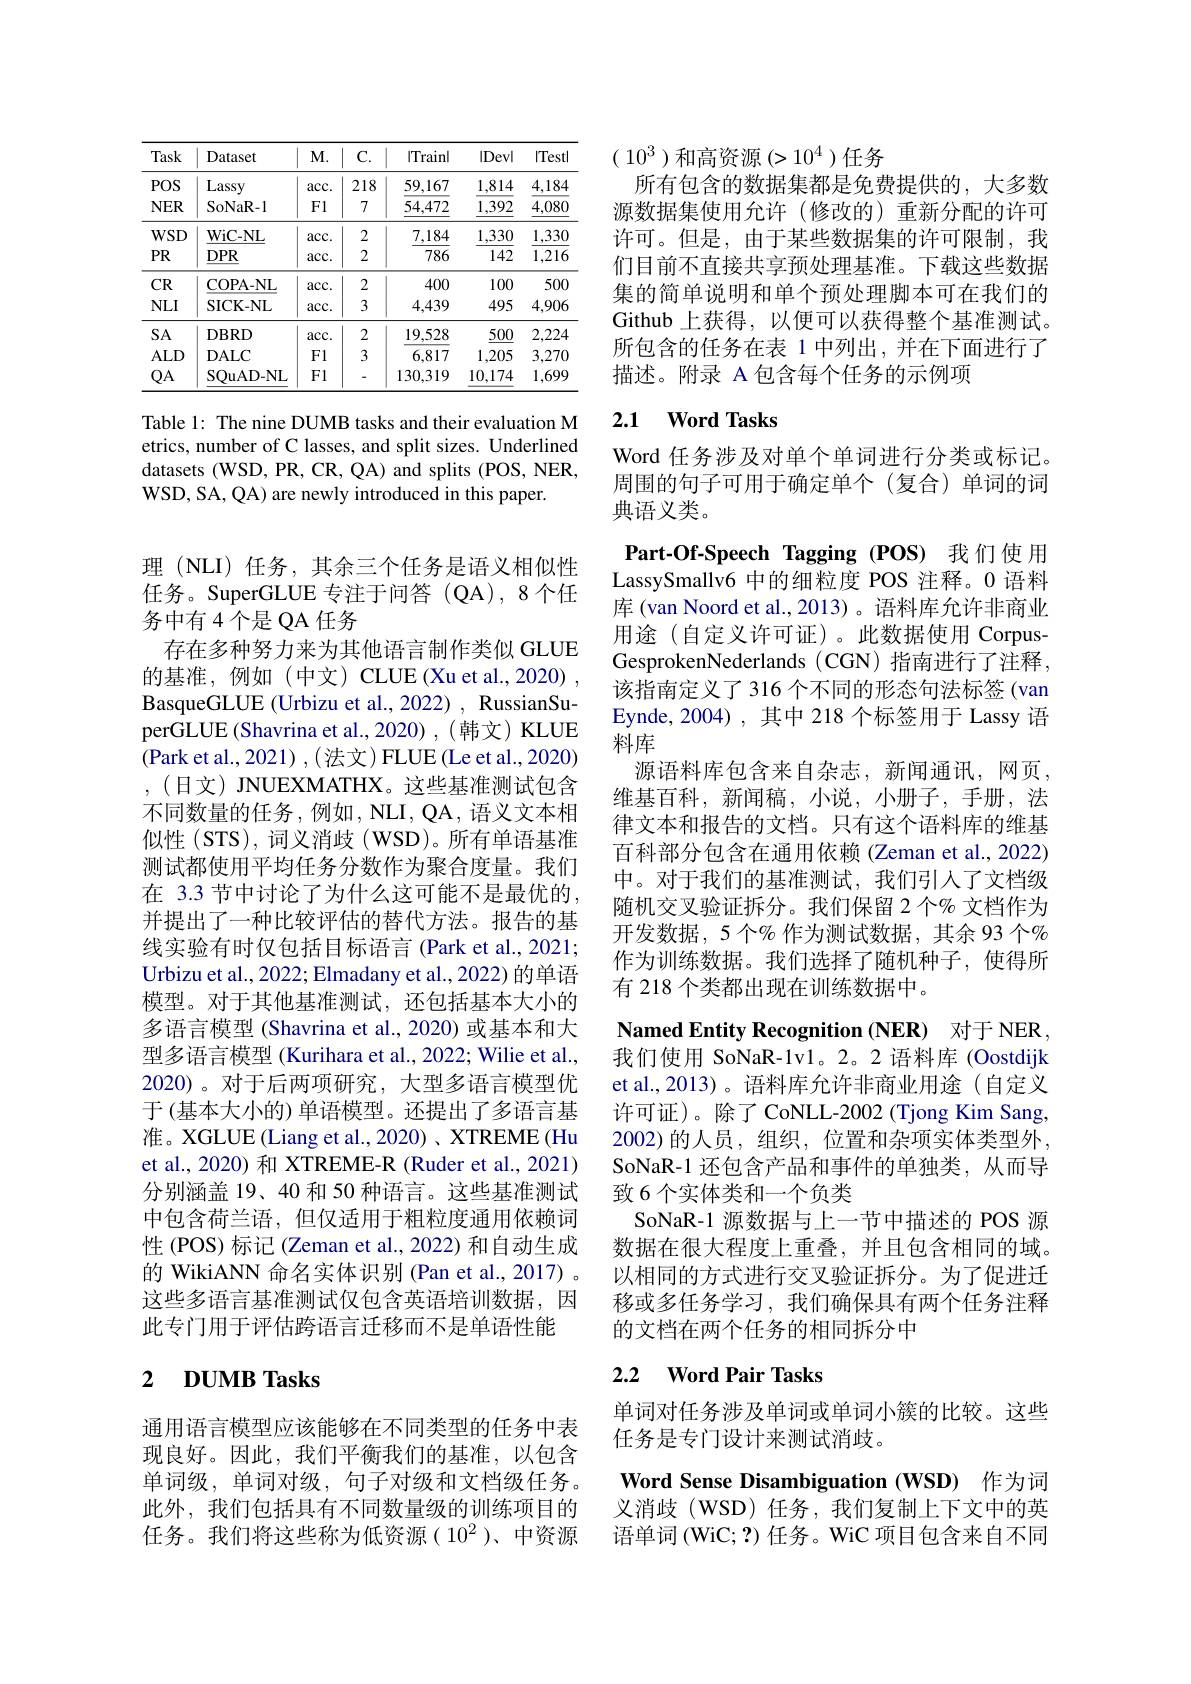
<table>
	<tbody>
		<tr>
			<th>Task</th>
			<th>Dataset</th>
			<th>$M.$</th>
			<th>C. </th>
			<th>|Trainl</th>
			<th>|Devl</th>
			<th>|Test</th>
		</tr>
		<tr>
			<td>$POS$</td>
			<td>Lassy</td>
			<td>$acc.$</td>
			<td>218</td>
			<td>59,167</td>
			<td>1,814</td>
			<td>4,184</td>
		</tr>
		<tr>
			<td>$NER$</td>
			<td>SoNaR- 1</td>
			<td>F1</td>
			<td>7</td>
			<td>54,472</td>
			<td>1,392</td>
			<td>$\underline{4,080}$</td>
		</tr>
		<tr>
			<td>$WSD$</td>
			<td>WiC- NL</td>
			<td>$acc.$</td>
			<td>2</td>
			<td>7,184</td>
			<td>1,330</td>
			<td>1,330</td>
		</tr>
		<tr>
			<td>$PR$</td>
			<td>$\underline{DPR}$</td>
			<td>$acc.$</td>
			<td>2</td>
			<td>786</td>
			<td>142</td>
			<td>1,216</td>
		</tr>
		<tr>
			<td>$CR$</td>
			<td>COPA- NL</td>
			<td>$acc.$</td>
			<td>2</td>
			<td>400</td>
			<td>100</td>
			<td>500</td>
		</tr>
		<tr>
			<td>$NLI$</td>
			<td>SICK- NL</td>
			<td>$acc.$</td>
			<td>3</td>
			<td>4,439</td>
			<td>495</td>
			<td>4,906</td>
		</tr>
		<tr>
			<td>$SA$</td>
			<td>$DBRD$</td>
			<td>$acc.$</td>
			<td>2</td>
			<td>19,528</td>
			<td>$\underline{500}$</td>
			<td>2,224</td>
		</tr>
		<tr>
			<td>$ALD$</td>
			<td>$\mathbf{D}$ALC</td>
			<td>F1</td>
			<td>3</td>
			<td>6,817</td>
			<td>1,205</td>
			<td>3,270</td>
		</tr>
		<tr>
			<td>$QA$</td>
			<td>SQuAD- NL</td>
			<td>F1</td>
			<td>-</td>
			<td>130,319</td>
			<td>10,174</td>
			<td>1,699</td>
		</tr>
	</tbody>
</table>

Table 1: The nine DUMB tasks and their evaluation M etrics, number of C lasses, and split sizes. Underlined datasets (WSD, PR, CR, QA) and splits (POS, NER, WSD, SA, QA) are newly introduced in this paper.

理 (NLI) 任务，其余三个任务是语义相似性任务。SuperGLUE专注于问答(QA),8个任务中有 4 个是 QA 任务
存在多种努力来为其他语言制作类似 GLUE 的基准，例如(中文)CLUE(Xuet al.,2020) , BasqueGLUE (Urbizu et al., 2022) , RussianSuperGLUE (Shavrina et al.,2020) ,( 韩文) KLUE (Park et al., 2021),(法文) FLUE(Le et al., 2020) ,(日文) JNUEXMATHX。这些基准测试包含不同数量的任务，例如，NLI, QA, 语义文本相似性 (STS), 词义消歧 (WSD)。所有单语基准测试都使用平均任务分数作为聚合度量。我们在 3.3 节中讨论了为什么这可能不是最优的， 并提出了一种比较评估的替代方法。报告的基线实验有时仅包括目标语言 (Park et al., 2021; Urbizu et al. , 2022; Elmadany et al. , 2022) 的单语模型。对于其他基准测试，还包括基本大小的多语言模型 (Shavrina et al.,2020) 或基本和大型多语言模型 (Kurihara et al., 2022; Wilie et al., 2020)。对于后两项研究，大型多语言模型优于 (基本大小的) 单语模型。还提出了多语言基准。XGLUE (Liang et al.,2020) , XTREME (Hu et al., 2020) 和 XTREME-R (Ruder et al., 2021) 分别涵盖 19、40 和 50 种语言。这些基准测试中包含荷兰语，但仅适用于粗粒度通用依赖词性 (POS) 标记 (Zeman et al.,2022) 和自动生成的 WikiANN 命名实体识别 (Pan et al., 2017) 。这些多语言基准测试仅包含英语培训数据，因此专门用于评估跨语言迁移而不是单语性能

# 2 $\textbf{DUMB Tasks}$

通用语言模型应该能够在不同类型的任务中表现良好。因此，我们平衡我们的基准，以包含单词级，单词对级，句子对级和文档级任务。此外，我们包括具有不同数量级的训练项目的$任务。我们将这些称为低资源(10^2)、中资源$

$(\begin{array}{c}10^3\end{array})$和高资源$(>10^4$)任务

所有包含的数据集都是免费提供的，大多数源数据集使用允许(修改的)重新分配的许可许可。但是，由于某些数据集的许可限制，我们目前不直接共享预处理基准。下载这些数据集的简单说明和单个预处理脚本可在我们的Github 上获得，以便可以获得整个基准测试。所包含的任务在表 1 中列出 ,并在下面进行了描述。附录 A 包含每个任务的示例项

## 2.1 $\textbf{Word Tasks}$

Word 任务涉及对单个单词进行分类或标记。周围的句子可用于确定单个(复合)单词的词典语义类。

Part-Of-Speech Tagging (POS) 我们使用LassySmallv6 中的细粒度 POS 注释。0 语料库 (van Noord et al.,2013)。语料库允许非商业用途(自定义许可证)。此数据使用 CorpusGesprokenNederlands (CGN) 指南进行了注释， 该指南定义了 316 个不同的形态句法标签 (van Eynde,2004),其中 218 个标签用于 Lassy 语料库
源语料库包含来自杂志，新闻通讯，网页， 维基百科，新闻稿，小说，小册子，手册，法律文本和报告的文档。只有这个语料库的维基百科部分包含在通用依赖(Zeman et al., 2022) 中。对于我们的基准测试，我们引人了文档级随机交叉验证拆分。我们保留 2 个% 文档作为开发数据，5个%作为测试数据，其余 93 个% 作为训练数据。我们选择了随机种子，使得所有 218 个类都出现在训练数据中。
Named Entity Recognition (NER) 对于 NER 我们使用 SoNaR-1v1。2。2 语料库 (Oostdijk et al.,2013)。语料库允许非商业用途(自定义许可证)。除了 CoNLL-2002 (Tjong Kim Sang, 2002)的人员，组织，位置和杂项实体类型外SoNaR-1 还包含产品和事件的单独类，从而导致 6 个实体类和一个负类
SoNaR-1 源数据与上一节中描述的 POS 源数据在很大程度上重叠，并且包含相同的域。以相同的方式进行交叉验证拆分。为了促进迁移或多任务学习，我们确保具有两个任务注释的文档在两个任务的相同拆分中
2.2 $\textbf{Word Pair Tasks}$

单词对任务涉及单词或单词小簇的比较。这些
任务是专门设计来测试消歧。
Word Sense Disambiguation (WSD) 作为词义消歧(WSD) 任务，我们复制上下文中的英语单词 (WiC; ?) 任务。WiC 项目包含来自不同